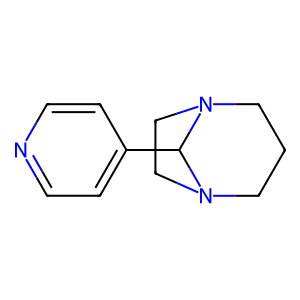
SMILES: c1cc(C2N3CCCN2CC3)ccn1
Inhibits HIV replication: No